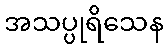
အသပ္ပုရိသေန